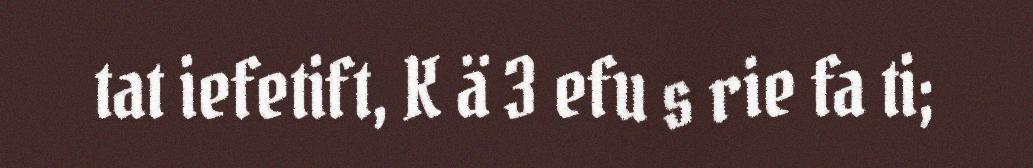
tat iefetift, K ä 3 efu s rie fa ti;